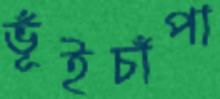
ভূঁইচাঁপা